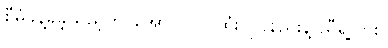
စီမံခန့်ခွဲခဲ့သည့်တိုင်အောင် လုပ်ထုံးလုပ်နည်းနဲ့ ညီရဲ့လား။